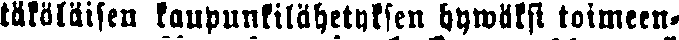
täkäläisen kaupunkilähetyksen hywäksi toimeen-